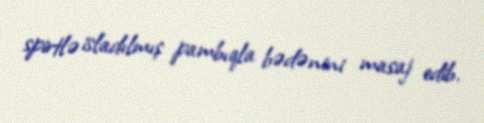
spirtlə isladılmış pambıqla bədənini masaj edib.